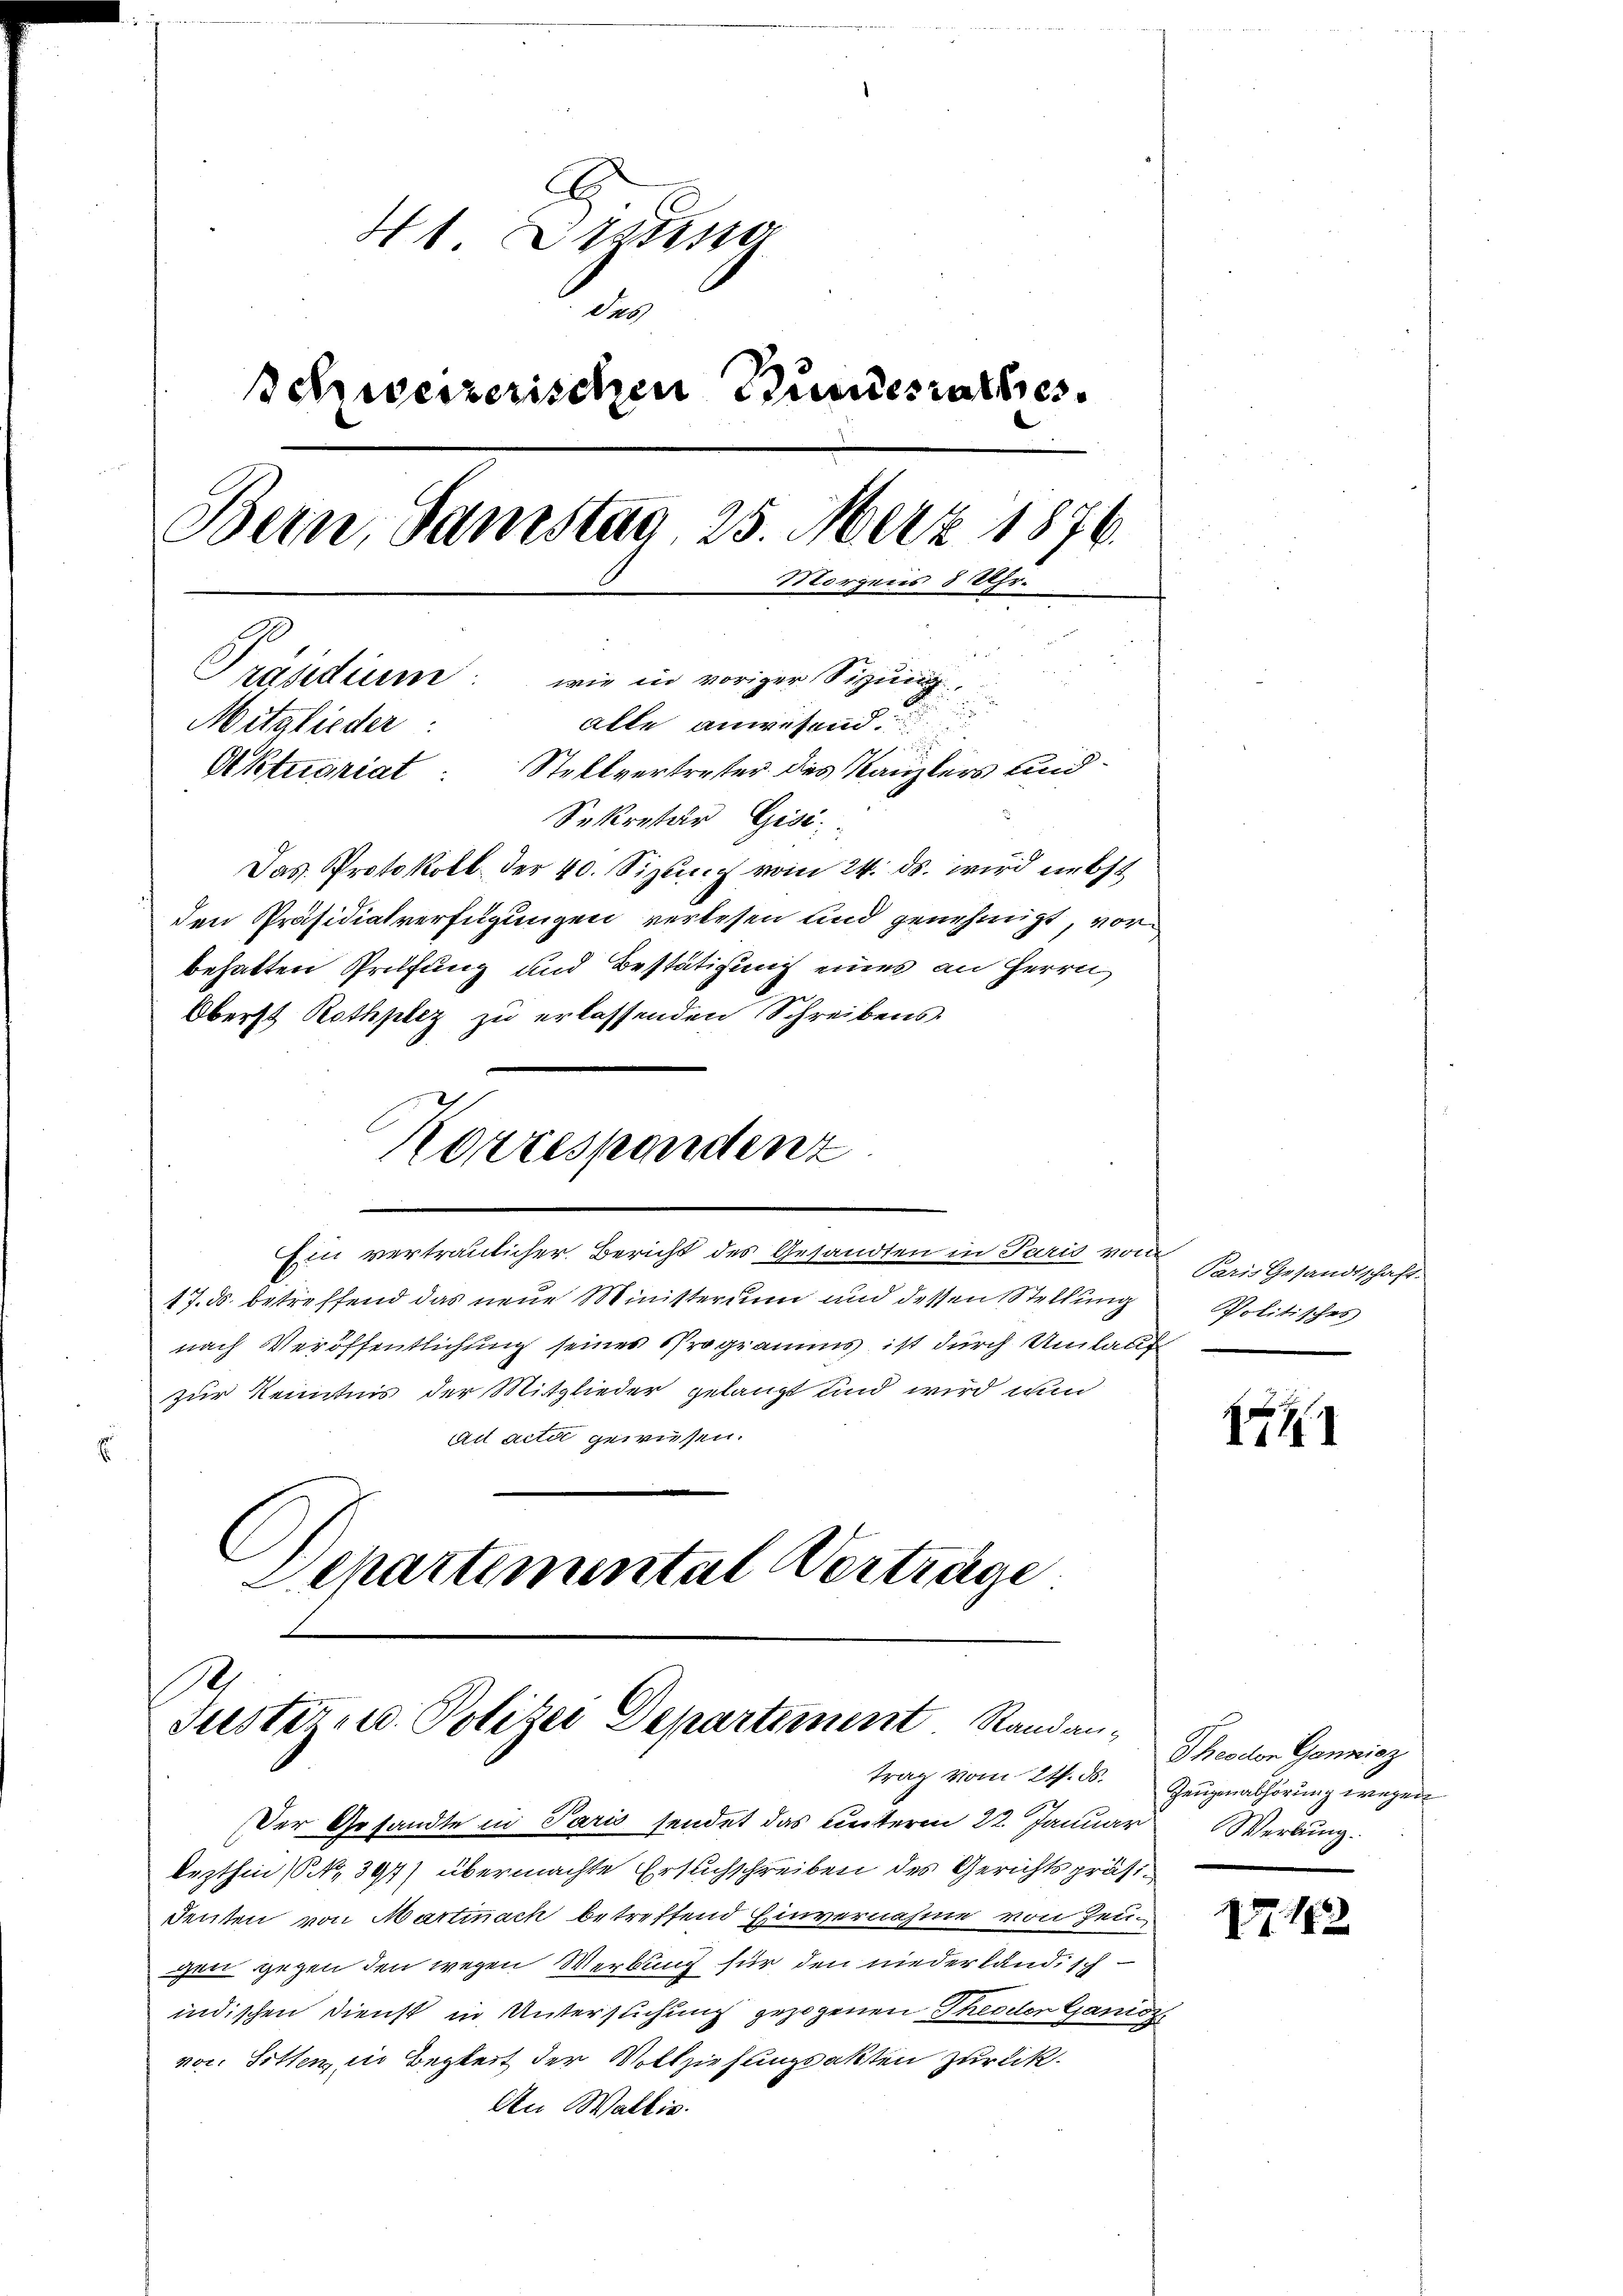
H 1 raiso
Das
Schweizerischen Bundesrathes
Bern, Samstag, 25. März 1876.
Morgens 8 Uhr.
r
Präsidium: wie in voriger Sigung.

alle anwesend
Mitglieder:
d
Aktuariat Stellvertretter des Kanzlers und
Sekretär Gisi¬
Das Protokoll der 40. Sizung vom 24. ds. wird erbst
den Präsidialverfügungen verlesen und genehmigt, vor
behalten Prüfung und Bestätigung eines an Herrn

Oberst Rothplez zu erlassenden Schreibens
17. ds. betreffend das neue Ministerium und dessen Stellung
nach Veröffentlichung seines Programms ist durch Umlauf
zur Kenntnis der Mitglieder gelangt und wird nun
ad acti gewiesen.
.
Departemental Verträge

Korrespendenz

Ein vertraulicher Bericht des Gesandten in Paris von Paris Gesandtschaft

10.
Suster- u. Polizei Departement Randan-
trag vom 21. ds.

Der Gesandte in Paris sendet das Einteren 22. Januar
lezthin (No. 391) übermachte Ersuchschreiben des Gerichtspräsidenten von Martinach betreffend Einvernahme von Zeuzzen gegen den wegen Werbung für den niederlandisch
indischen Dienst in Untersuchung gezogenen Theodor Ganz
von Sitten, in Begleit der Vollziehungsakten zur Lik.
An Wallis.

Politisches

E

Theodor Ganzisz
Zeugenabhörung wegen
Werbung.

1o. 182